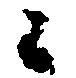
々